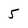
Character: 5